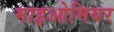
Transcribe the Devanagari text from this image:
माइओमियर